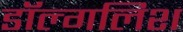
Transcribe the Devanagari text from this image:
डॉल्गलिश